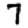
Digit: 7